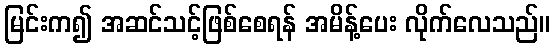
မြင်းက၍ အဆင်သင့်ဖြစ်စေရန် အမိန့်ပေး လိုက်လေသည်။